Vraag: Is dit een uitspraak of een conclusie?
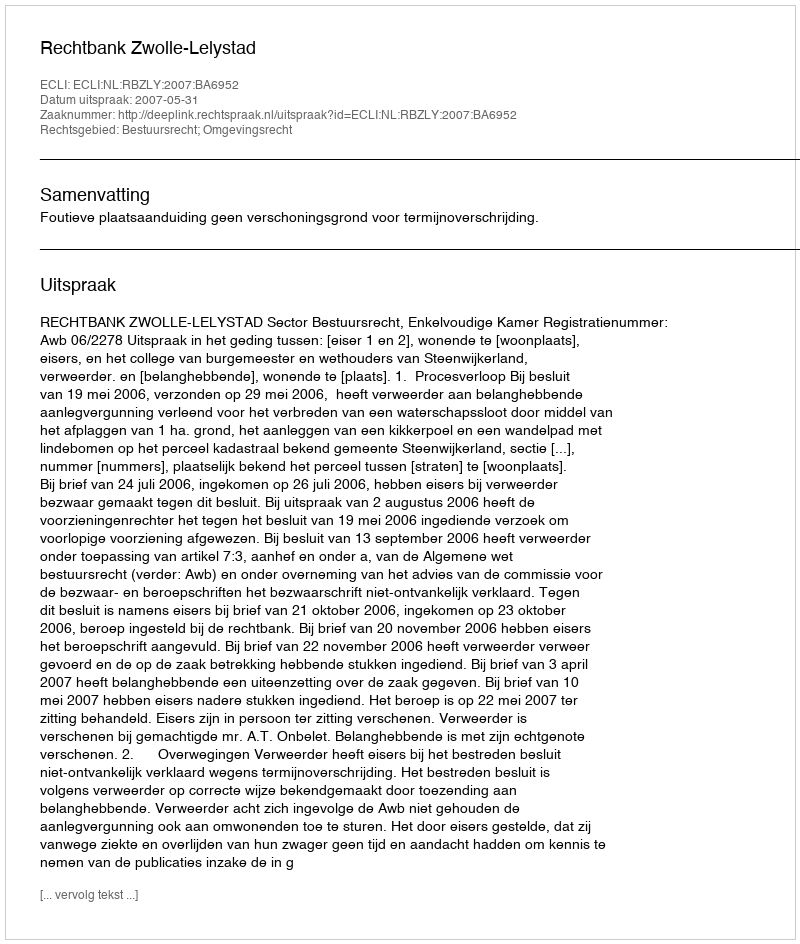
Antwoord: Uitspraak